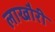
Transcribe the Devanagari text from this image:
लाखौरी